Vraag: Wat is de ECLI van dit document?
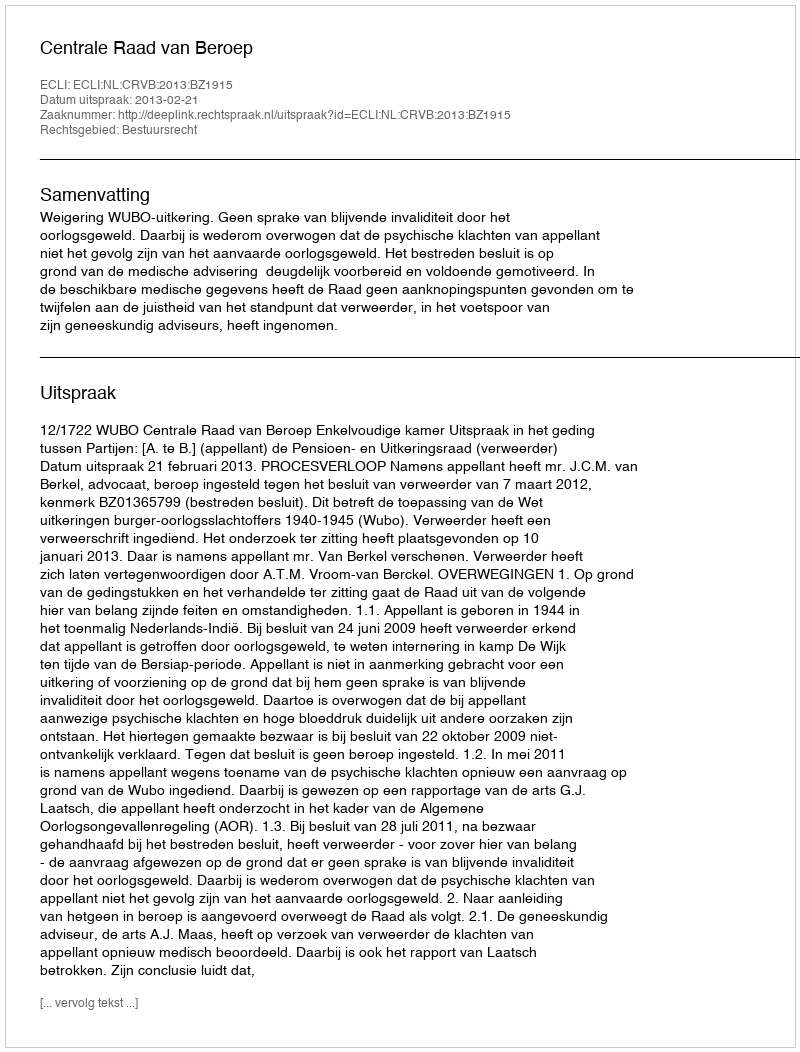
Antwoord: ECLI:NL:CRVB:2013:BZ1915